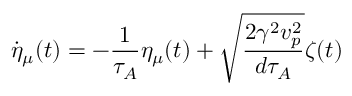
\dot { \eta } _ { \mu } ( t ) = - \frac { 1 } { \tau _ { A } } \eta _ { \mu } ( t ) + \sqrt { \frac { 2 \gamma ^ { 2 } v _ { p } ^ { 2 } } { d \tau _ { A } } } \zeta ( t )